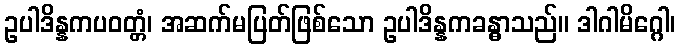
ဥပါဒိန္နကပဝတ္တံ၊ အဆက်မပြတ်ဖြစ်သော ဥပါဒိန္နကခန္ဓာသည်။ ဒါဂါမိဂ္ဂေါ၊